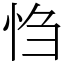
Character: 㤘